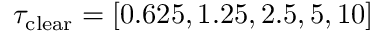
\tau _ { \mathrm { c l e a r } } = [ 0 . 6 2 5 , 1 . 2 5 , 2 . 5 , 5 , 1 0 ]